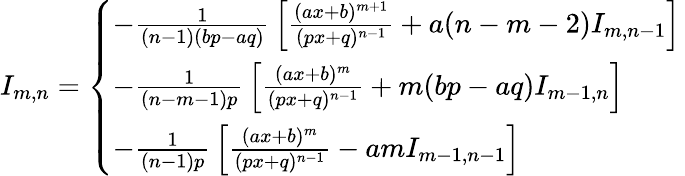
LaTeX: I_{m,n}={\left\{ \begin{array}{ll}{-{\frac{1}{(n-1)(bp-aq)}}\left[{\frac{(ax+b)^{m+1}}{(px+q)^{n-1}}}+a(n-m-2)I_{m,n-1}\right]}\\ {-{\frac{1}{(n-m-1)p}}\left[{\frac{(ax+b)^{m}}{(px+q)^{n-1}}}+m(bp-aq)I_{m-1,n}\right]}\\ {-{\frac{1}{(n-1)p}}\left[{\frac{(ax+b)^{m}}{(px+q)^{n-1}}}-amI_{m-1,n-1}\right]}\end{array}\right.}\,